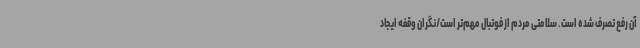
آن رفع تصرف شده است. سلامتی مردم از فوتبال مهم‌تر است/نگران وقفه ایجاد